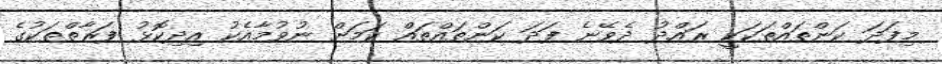
މިފަދަ ކަންތައްތަކަކީ ރައްދު ދެވޭނެ ފަދަ ކަންތައްތައް ކަމަށް ނުވުމާއެކު އިދިކޮޅު ފަރާތްތަކުގެ